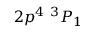
{ 2 p ^ { 4 } ~ ^ { 3 } P _ { 1 } }